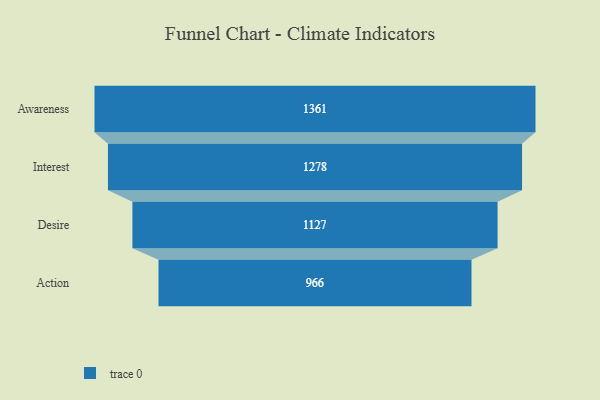
{"axis": {"x": "Stage", "y": "Value"}, "legend": [""], "data": [{"x": "Awareness", "y": 1361.0, "type": ""}, {"x": "Interest", "y": 1278.0, "type": ""}, {"x": "Desire", "y": 1127.0, "type": ""}, {"x": "Action", "y": 966.0, "type": ""}]}